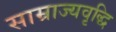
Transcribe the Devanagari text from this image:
साम्राज्यवृद्धि